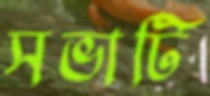
সভাটি